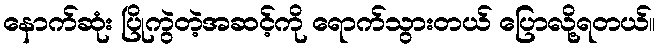
နောက်ဆုံး ပြိုကွဲတဲ့အဆင့်ကို ရောက်သွားတယ် ပြောလို့ရတယ်။